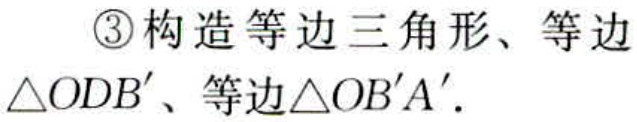
\textcircled{3}构造等边三角形、等边$\triangle ODB'$、等边$\triangle OB'A'$.